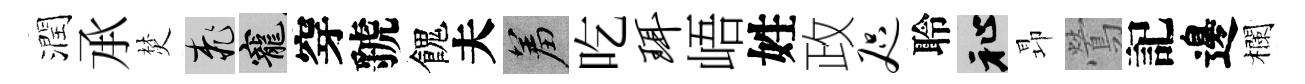
潤𠄘焚桃寵穿虢餽夫羞吃珥峿姓政咫聆祉昻鶯記邊欄